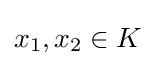
x_{1},x_{2}\in K